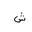
Letter: _shin